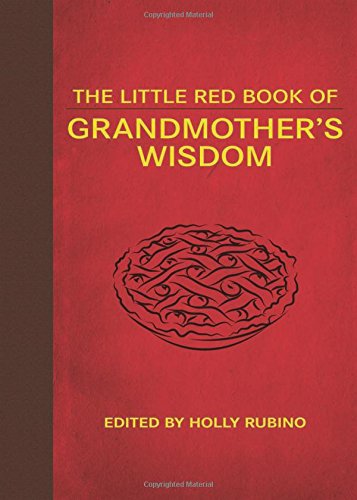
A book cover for The Little Red Book of Grandmother's Wisdom; Parenting & Relationships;